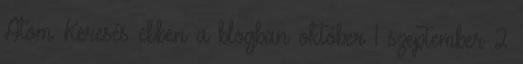
Atom Keresés ebben a blogban október 1 szeptember 2